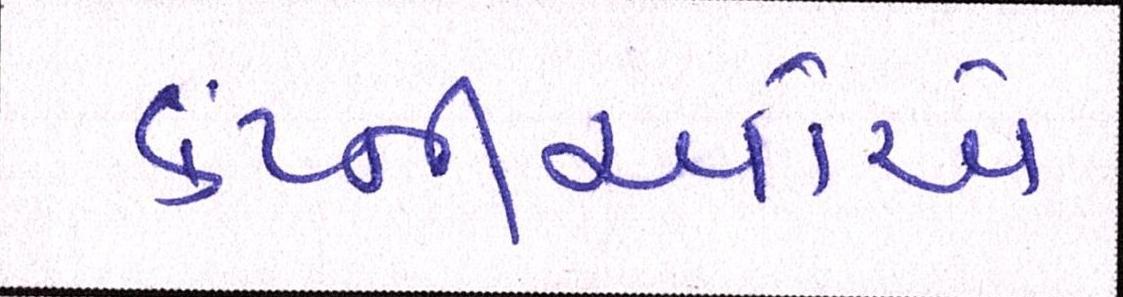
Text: કંપ્નીઓએ